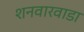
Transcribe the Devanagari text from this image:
शनवारवाडा